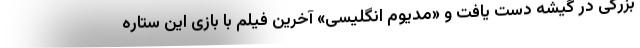
بزرگی در گیشه دست یافت و «مدیوم انگلیسی» آخرین فیلم با بازی این ستاره